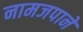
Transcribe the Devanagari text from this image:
नामजपाने